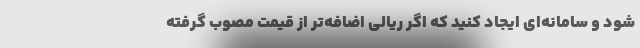
شود و سامانه‌ای ایجاد کنید که اگر ریالی اضافه‌تر از قیمت مصوب گرفته